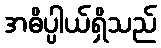
အဓိပ္ပါယ်ရှိသည်